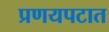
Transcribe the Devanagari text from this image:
प्रणयपटात